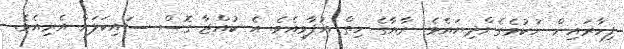
ފިހާރައިން ނުކުމެގެންދިޔައެވެ. ރާޔާގެ ހިތް އުފާވިއެވެ. އެ ކުއްޖާ ގޮސް ސައިކަލަށް އެރިއެވެ.